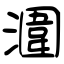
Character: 潿